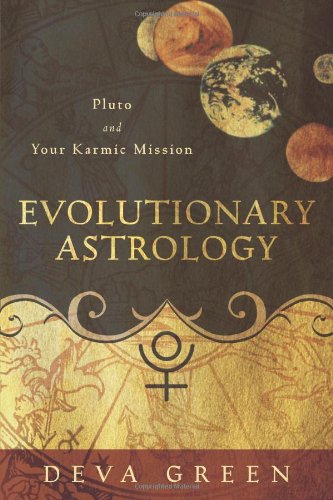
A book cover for Evolutionary Astrology: Pluto and Your Karmic Mission; Deva Green; Religion & Spirituality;